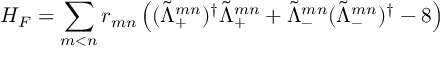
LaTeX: H _ { F } = \sum _ { m < n } r _ { m n } \left( ( \tilde { \Lambda } _ { + } ^ { m n } ) ^ { \dagger } \tilde { \Lambda } _ { + } ^ { m n } + \tilde { \Lambda } _ { - } ^ { m n } ( \tilde { \Lambda } _ { - } ^ { m n } ) ^ { \dagger } - 8 \right)